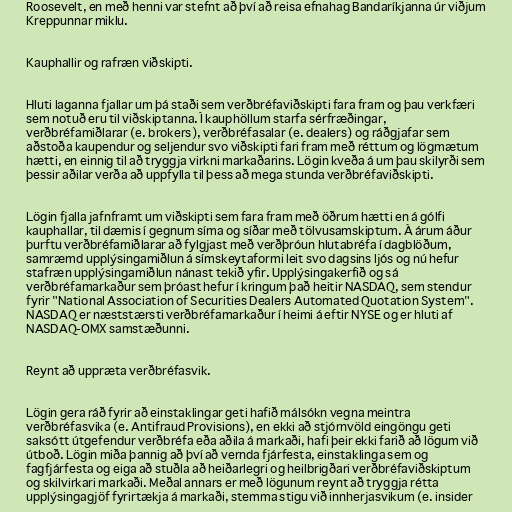
Roosevelt, en með henni var stefnt að því að reisa efnahag Bandaríkjanna úr viðjum
Kreppunnar miklu.

Kauphallir og rafræn viðskipti.

Hluti laganna fjallar um þá staði sem verðbréfaviðskipti fara fram og þau verkfæri
sem notuð eru til viðskiptanna. Í kauphöllum starfa sérfræðingar,
verðbréfamiðlarar (e. brokers), verðbréfasalar (e. dealers) og ráðgjafar sem
aðstoða kaupendur og seljendur svo viðskipti fari fram með réttum og lögmætum
hætti, en einnig til að tryggja virkni markaðarins. Lögin kveða á um þau skilyrði sem
þessir aðilar verða að uppfylla til þess að mega stunda verðbréfaviðskipti.

Lögin fjalla jafnframt um viðskipti sem fara fram með öðrum hætti en á gólfi
kauphallar, til dæmis í gegnum síma og síðar með tölvusamskiptum. Á árum áður
þurftu verðbréfamiðlarar að fylgjast með verðþróun hlutabréfa í dagblöðum,
samræmd upplýsingamiðlun á símskeytaformi leit svo dagsins ljós og nú hefur
stafræn upplýsingamiðlun nánast tekið yfir. Upplýsingakerfið og sá
verðbréfamarkaður sem þróast hefur í kringum það heitir NASDAQ, sem stendur
fyrir "National Association of Securities Dealers Automated Quotation System".
NASDAQ er næststærsti verðbréfamarkaður í heimi á eftir NYSE og er hluti af
NASDAQ-OMX samstæðunni.

Reynt að uppræta verðbréfasvik.

Lögin gera ráð fyrir að einstaklingar geti hafið málsókn vegna meintra
verðbréfasvika (e. Antifraud Provisions), en ekki að stjórnvöld eingöngu geti
saksótt útgefendur verðbréfa eða aðila á markaði, hafi þeir ekki farið að lögum við
útboð. Lögin miða þannig að því að vernda fjárfesta, einstaklinga sem og
fagfjárfesta og eiga að stuðla að heiðarlegri og heilbrigðari verðbréfaviðskiptum
og skilvirkari markaði. Meðal annars er með lögunum reynt að tryggja rétta
upplýsingagjöf fyrirtækja á markaði, stemma stigu við innherjasvikum (e. insider